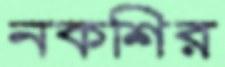
নকশির